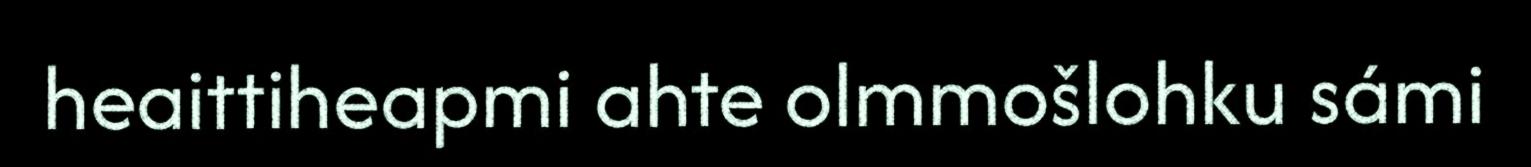
heaittiheapmi ahte olmmošlohku sámi